Civil Veterinary Dept. North-West Frontier Province 1923-32 - 1923-1932
Year: 1923
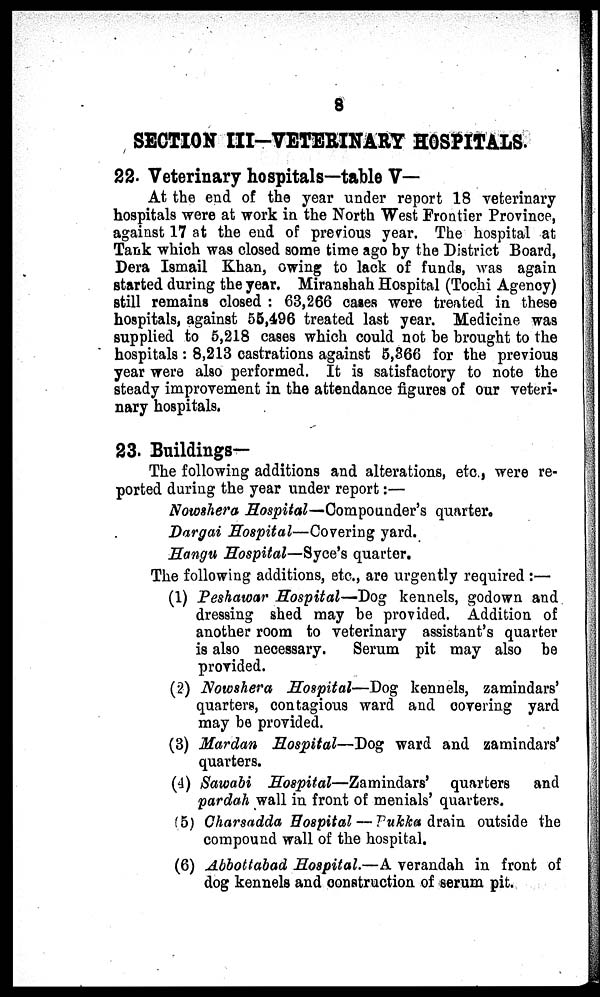
8
SECTION III-VETERINAEY HOSPITALS.
22. Veterinary hospitals—table V—
At the end of the year under report 18 veterinary
hospitals were at work in the North West Frontier Province,
against 17 at the end of previous year. The hospital at
Tank which was closed some time ago by the District Board,
Dera Ismail Khan, owing to lack of funds, was again
started during the year. Miranshah Hospital (Tochi Agency)
still remains closed : 63,266 cases were treated in these
hospitals, against 55,496 treated last year. Medicine was
supplied to 5,218 cases which could not be brought to the
hospitals : 8,213 castrations against 5,366 for the previous
year were also performed. It is satisfactory to note the
steady improvement in the attendance figures of our veteri-
nary hospitals.
23. Buildings—
The following additions and alterations, etc., were re-
ported during the year under report :—
Nowshera Hospital—Compounder's quarter.
Dargai Hospital—Covering yard.
Hangu Hospital—Syce's quarter.
The following additions, etc., are urgently required :—
(1) Peshawar Hospital—Dog kennels, godown and
dressing shed may be provided. Addition of
another room to veterinary assistant's quarter
is also necessary.
Serum pit may also be
provided.
(2) Nowshera Hospital—Dog kennels, zamindars'
quarters, contagious ward and covering yard
may be provided.
(3) Mardan Hospital—Dog ward and zamindars'
quarters.
(4) Sawabi Hospital—Zamindars'
quarters
and
pardah wall in front of menials' quarters.
(5) Charsadda Hospital — Pukka drain outside the
compound wall of the hospital.
(6) Abbottabad Hospital.—A verandah in front of
dog kennels and construction of serum pit.